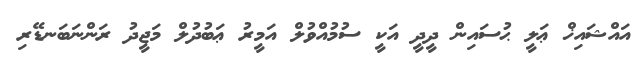
އައްޝައިޚް ޢަލީ ޙުސައިން ދީދީ އަކީ ސުމުއްވުލް އަމީރު ޢަބުދުލް މަޖީދު ރަންނަބަނޑޭރި